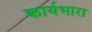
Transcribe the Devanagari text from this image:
कार्यभारा